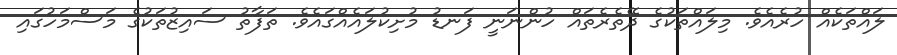
ލައްތަކެއް ހުރެއެވެ. މިލައްތަކުގެ ދޭތެރެތައް ހުންނަނީ ފަނޑު މުށިކުލައެއްގައެވެ. ތަފާތު ސައިޒުތަކުގެ މަސްމަހުގައި